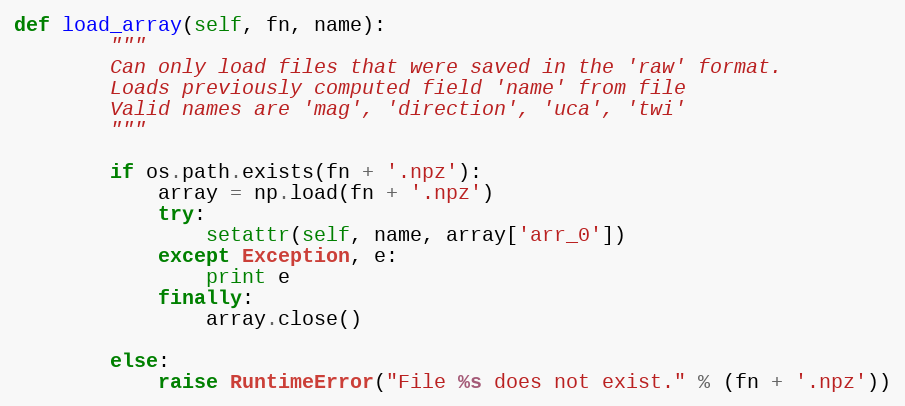
Language: Python
def load_array(self, fn, name):
        """
        Can only load files that were saved in the 'raw' format.
        Loads previously computed field 'name' from file
        Valid names are 'mag', 'direction', 'uca', 'twi'
        """

        if os.path.exists(fn + '.npz'):
            array = np.load(fn + '.npz')
            try:
                setattr(self, name, array['arr_0'])
            except Exception, e:
                print e
            finally:
                array.close()

        else:
            raise RuntimeError("File %s does not exist." % (fn + '.npz'))